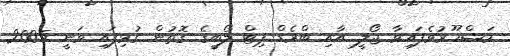
މަޝްހޫރުވެފައިވާ ޖޯލީ އާއި ބްރެޑް ޕިޓް ލޯބީގެ ގޮތުން ގުޅިފައި ވަނީ 2005